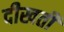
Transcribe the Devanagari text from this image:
दीखतीं